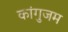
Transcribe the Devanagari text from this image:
कांगुजम